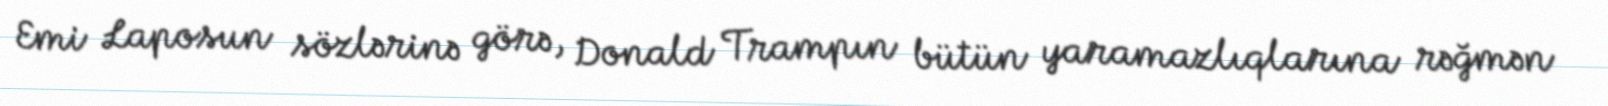
Emi Laposun sözlərinə görə, Donald Trampın bütün yaramazlıqlarına rəğmən